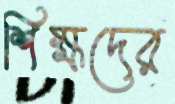
শিক্ষদের